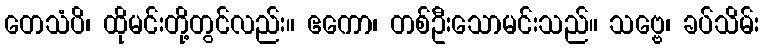
တေသံပိ၊ ထိုမင်းတို့တွင်လည်း။ ဧကော၊ တစ်ဦးသောမင်းသည်။ သဗ္ဗေ၊ ခပ်သိမ်း